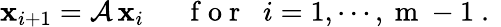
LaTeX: {\mathbf x}_{i+1}=\mathcal{A}\, {\mathbf x}_{i}\; \; \; \; \; \mathrm{~f~o~r~}\; \; i=1,\cdots,\mathrm{~m~}-1\mathrm{~.~}